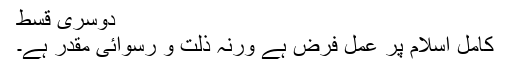
دوسری قسط
کامل اسلام پر عمل فرض ہے ورنہ ذلت و رسوائی مقدر ہے۔